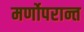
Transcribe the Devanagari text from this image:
मर्णोपरान्त